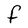
Character: F